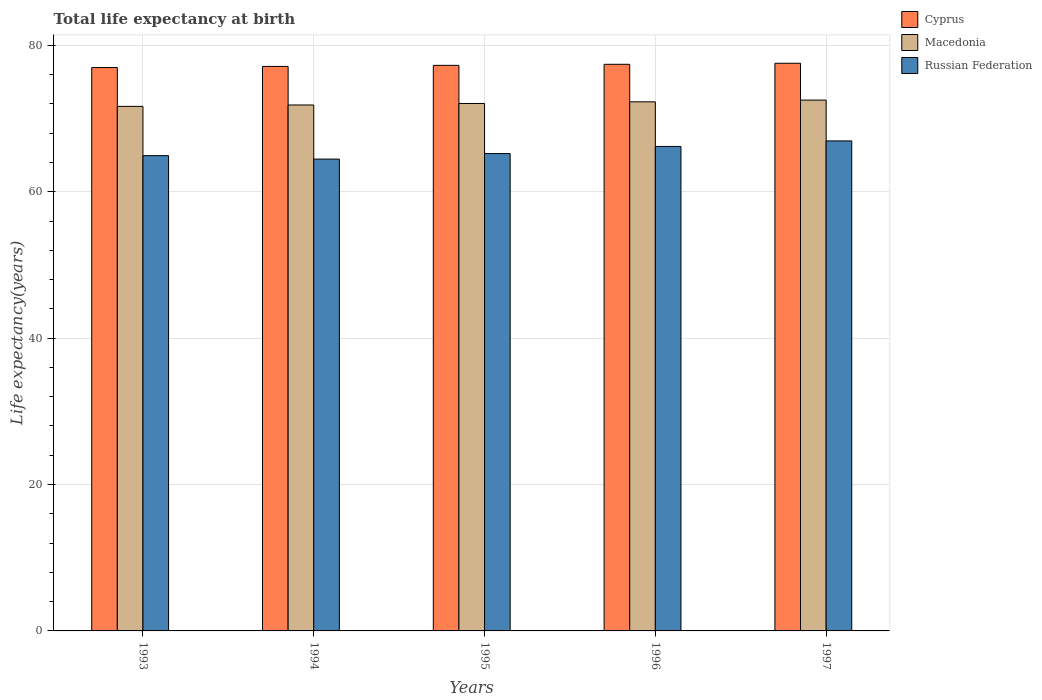
| Years | Cyprus | Macedonia | Russian Federation |
 | --- | --- | --- | --- |
 | 1993 | 77 | 71.7 | 64.9 |
 | 1994 | 77.1 | 71.9 | 64.5 |
 | 1995 | 77.3 | 72.1 | 65.2 |
 | 1996 | 77.4 | 72.3 | 66.2 |
 | 1997 | 77.6 | 72.5 | 67 |